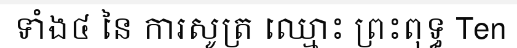
ទាំង៤ នៃ ការសូត្រ ឈ្មោះ ព្រះពុទ្ធ Ten